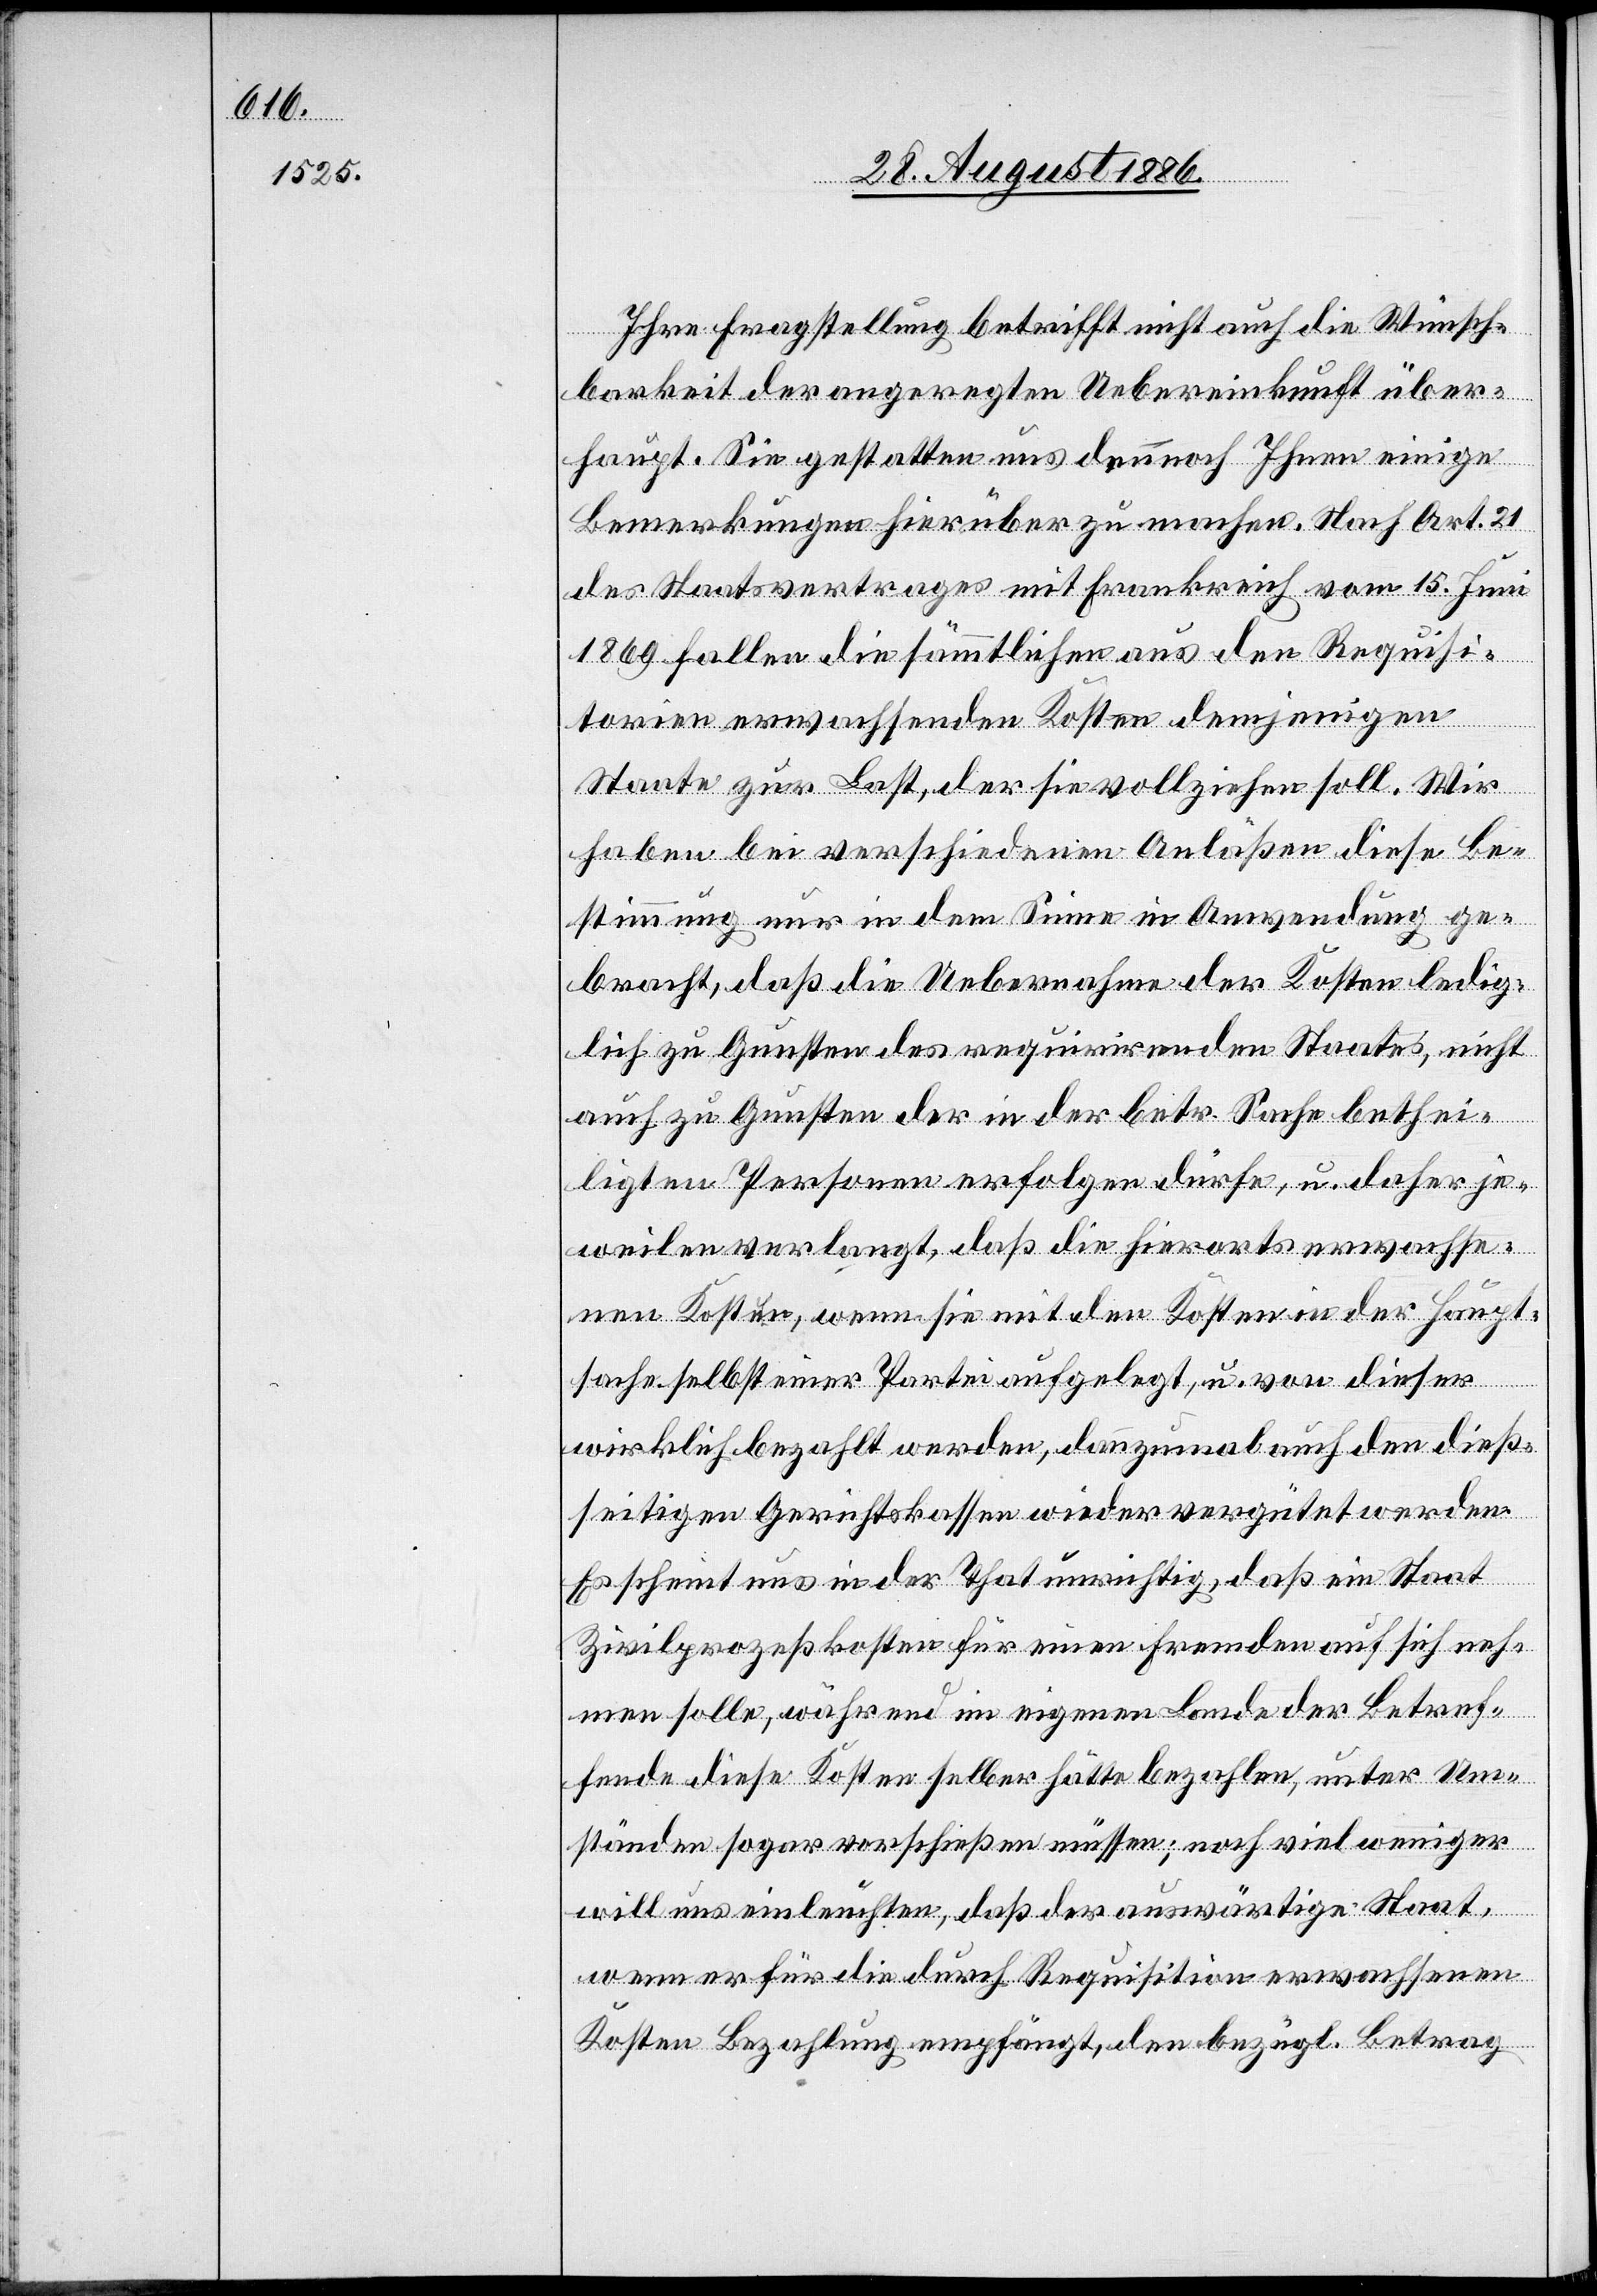
Ihre Fragstellung betrifft nicht auch die Wünsch¬
barkeit der angeregten Uebereinkunft über¬
haupt. Sie gestatten uns denn noch Ihnen einige
Bemerkungen hierüber zu machen. Nach Art. 21
des Staatsvertrages mit Frankreich vom 15. Juni
1869 fallen die sämmtlichen aus den Requisi¬
torien erwachsenden Kosten demjenigen
Staate zur Last, der sie vollziehen soll. Wir
haben bei verschiedenen Anläßen diese Be¬
stimmung nur in dem Sinne in Anwendung ge¬
bracht, daß die Uebernahme der Kosten ledig¬
lich zu Gunsten des requirirenden Staates, nicht
auch zu Gunsten der in der betr. Sache bethei¬
ligten Personen erfolgen dürfe, u. daher je¬
weilen verlangt, daß die hierorts erwachse¬
nen Kosten, wenn sie mit den Kosten in der Haupt¬
sache selbst einer Partei aufgelegt, u. von dieser
wirklich bezahlt werden, dannzumal auch den dieß¬
seitigen Gerichtskassen wieder vergütet werden.
Es scheint uns in der That unrichtig, daß ein Staat
Zivilprozeßkosten für einen Fremden auf sich neh¬
men solle, während im eigenen Lande der Betref¬
fende diese Kosten selber hätte bezahlen, unter Um¬
ständen sogar vorschießen müssen; noch viel weniger
will uns einleuchten, daß der auswärtige Staat,
wenn er für die durch Requisition erwachsenen
Kosten Bezahlung empfängt, den bezügl. Betrag